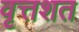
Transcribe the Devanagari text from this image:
वृत्तशत